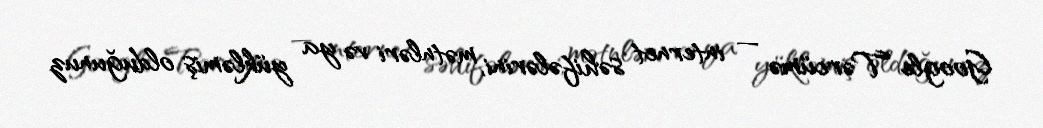
Google Tərcümə — internet səhifələrini, mətnləri və ya yükləmiş olduğunuz